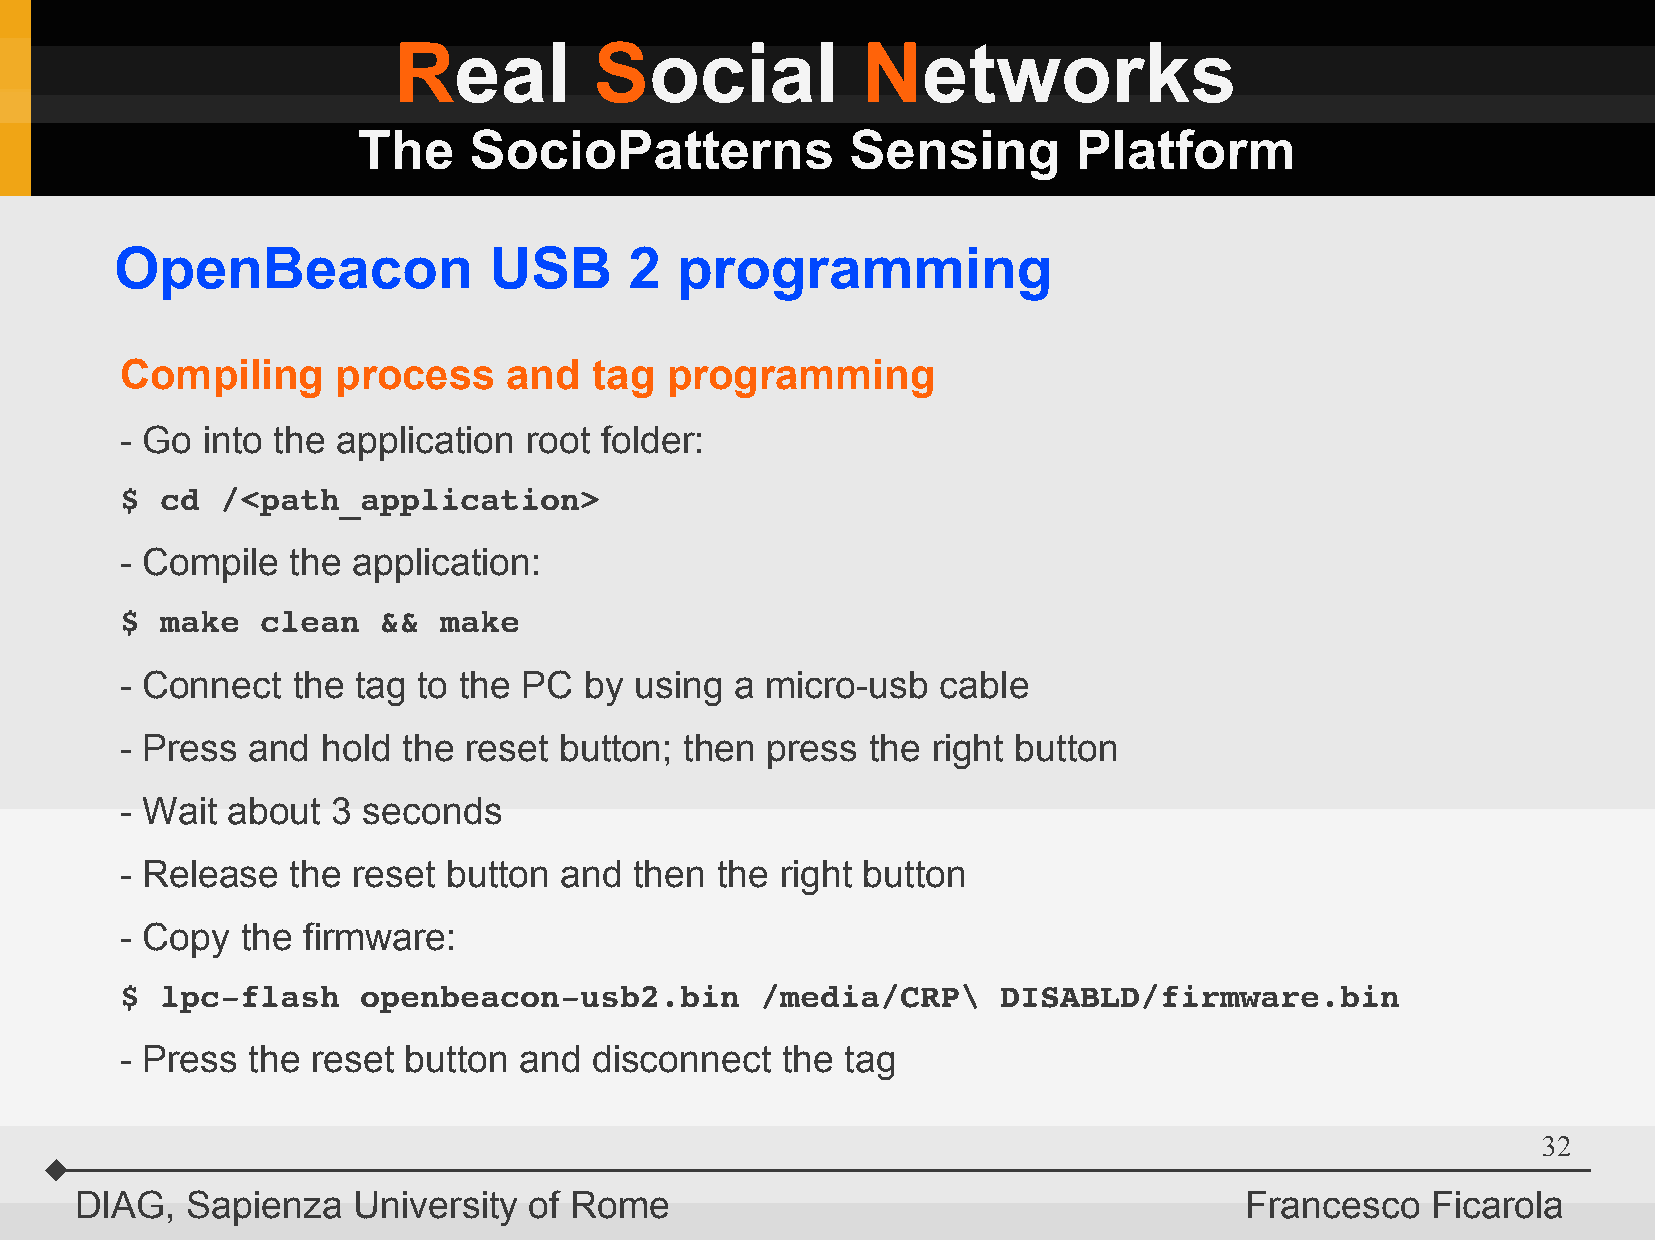
Real         Social            Networks
 The    SocioPatterns            Sensing        Platform
 OpenBeacon              USB       2  programming
 Compiling     process     and  tag  programming
 - Go into the application  root folder:
 $  cd  /<path_application>
 - Compile  the application:
 $  make  clean   &&  make
 - Connect  the tag  to the PC  by using  a micro-usb  cable
 - Press and  hold  the reset button; then  press  the right button
 - Wait about  3 seconds
 - Release  the reset  button and  then the  right button
 - Copy  the firmware:
 $  lpc­flash    openbeacon­usb2.bin       /media/CRP\     DISABLD/firmware.bin
 - Press the  reset button and  disconnect   the tag
 32
 DIAG,  Sapienza   University  of Rome                                        Francesco    Ficarola